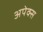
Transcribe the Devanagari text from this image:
अपेक्स